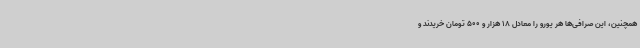
همچنین، این صرافی‌ها هر یورو را معادل 18 هزار و 500 تومان خریدند و